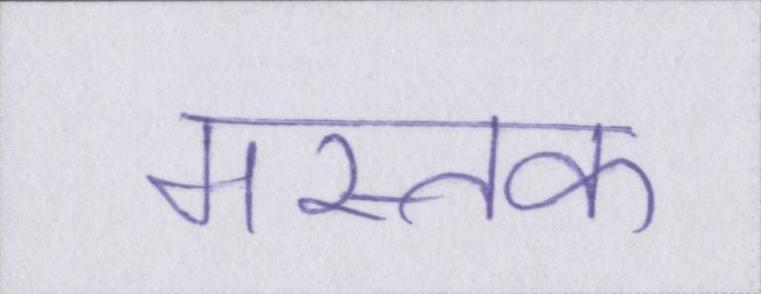
मस्तक